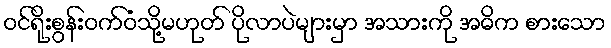
ဝင်ရိုးစွန်းဝက်ဝံသို့မဟုတ် ပိုလာပဲများမှာ အသားကို အဓိက စားသော